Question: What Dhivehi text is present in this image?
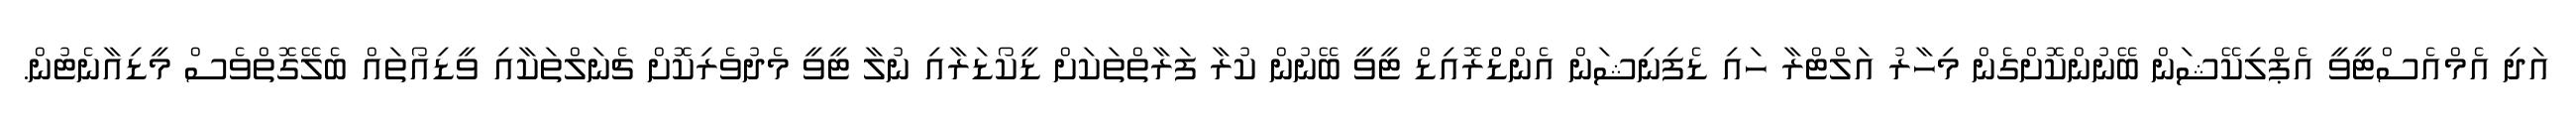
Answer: އަދި އެމްއެސްޓީވީ އެޕްލިކޭޝަން ބޭނުންކޮށްގެން މިހާރު އަލްޓްރާ ހައި ޑެފިނިޝަން އެންޑްްރޮއިޑް ޓީވީ ބޭނުން ކުރާ ފަރާތްތަކަށް ޑީކޯޑަރާއި ނުލާ ޓީވީ މެދުވެރިކޮށް ޗެނަލްތަކާއި ވީޑިއޯތައް ބެލޭގޮތްވެސް މީޑިއާނެޓުން.